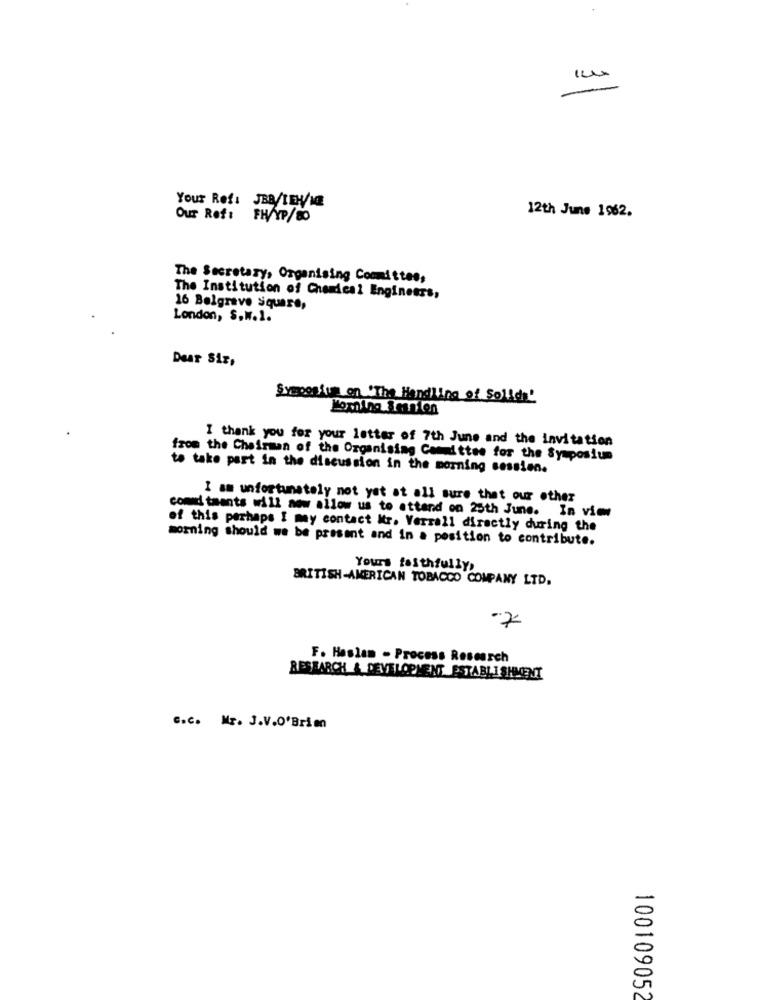
Your Ref: JBB/LEH/ME
Our Ref:
FH/XP/80
12th June 1962.
The Secretary, Organizing Committee,
The Institution of Chemical Engineers,
16 Belgrave Square,
London, S.W.1.
Dear Siz,
Symposium on 'The Handling of Solid'
I thank you for your letter of 7th June and the invitation
from the Chairman of the Organising Committee for the Symposium
to take part in the discussion in the morning session.
I am unfortunately not yet at all sure that our other
commitments will now allow us to attend on 25th June. In view
of this perhaps I may contact Itr. Verrall directly during the
morning should we be present and in a position to contribute.
Yours faithfully,
BRITISH-AMERICAN TOBACCO COMPANY LTD.
-7
F. Haslam - Process Research
RESEARCH & DEVELOPMENT ESTABLISHMENT
C.c. Mr. J.V.O'Brim
100109052